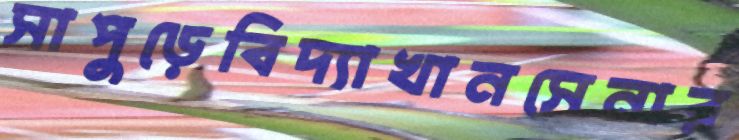
সাপুড়েবিদ্যাখানসেনার